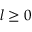
l \ge 0